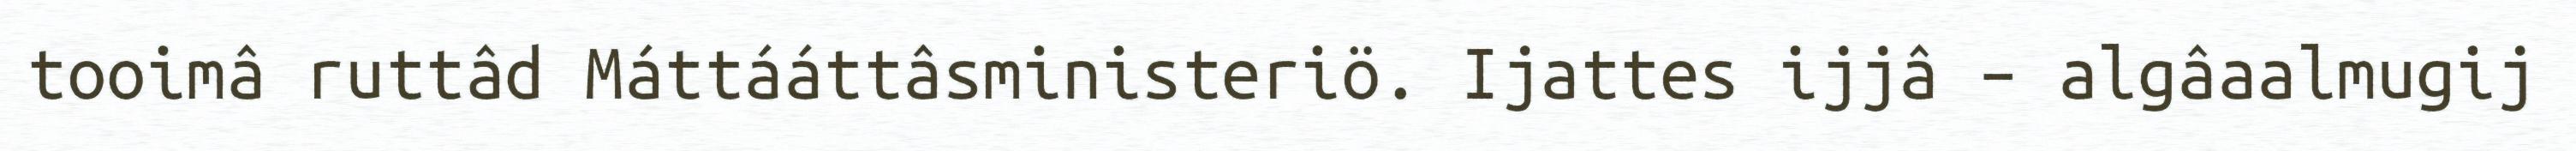
tooimâ ruttâd Máttááttâsministeriö. Ijattes ijjâ – algâaalmugij